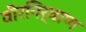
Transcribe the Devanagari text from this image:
वीरनिर्वाण